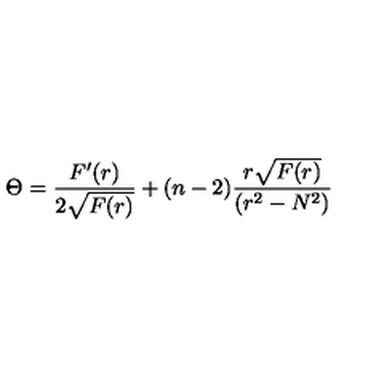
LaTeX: \Theta = \frac { F ^ { \prime } ( r ) } { 2 \sqrt { F ( r ) } } + ( n - 2 ) \frac { r \sqrt { F ( r ) } } { ( r ^ { 2 } - N ^ { 2 } ) }